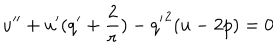
u ^ { \prime \prime } + u ^ { \prime } ( q ^ { \prime } + \frac { 2 } { r } ) - { q ^ { \prime } } ^ { 2 } ( u - 2 p ) = 0